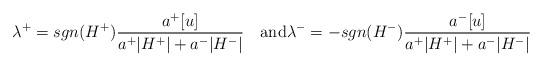
LaTeX: \begin{align*}\lambda^+=sgn(H^+)\frac{a^+ [u]}{a^+\vert H^+\vert+a^-\vert H^-\vert}\quad\mbox{and}\lambda^-=-sgn(H^-)\frac{a^- [u]}{a^+\vert H^+\vert+a^-\vert H^-\vert}\end{align*}